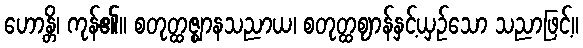
ဟောန္တိ၊ ကုန်၏။ စတုတ္ထဇ္ဈာနသညာယ၊ စတုတ္ထဈာန်နှင့်ယှဉ်သော သညာဖြင့်။